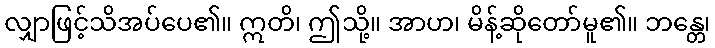
လျှာဖြင့်သိအပ်ပေ၏။ ဣတိ၊ ဤသို့။ အာဟ၊ မိန့်ဆိုတော်မူ၏။ ဘန္တေ၊